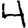
Digit: 4